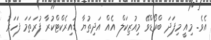
އެވެ. މިއީ މިފަދަ ބްރޯޑްވޭ މިއުޒިކަލް އެއް އަދިތުޔާ ޑައިރެކްޓްކުރާ ފުރަތަމަ ފަހަރު